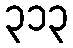
၃၁၃